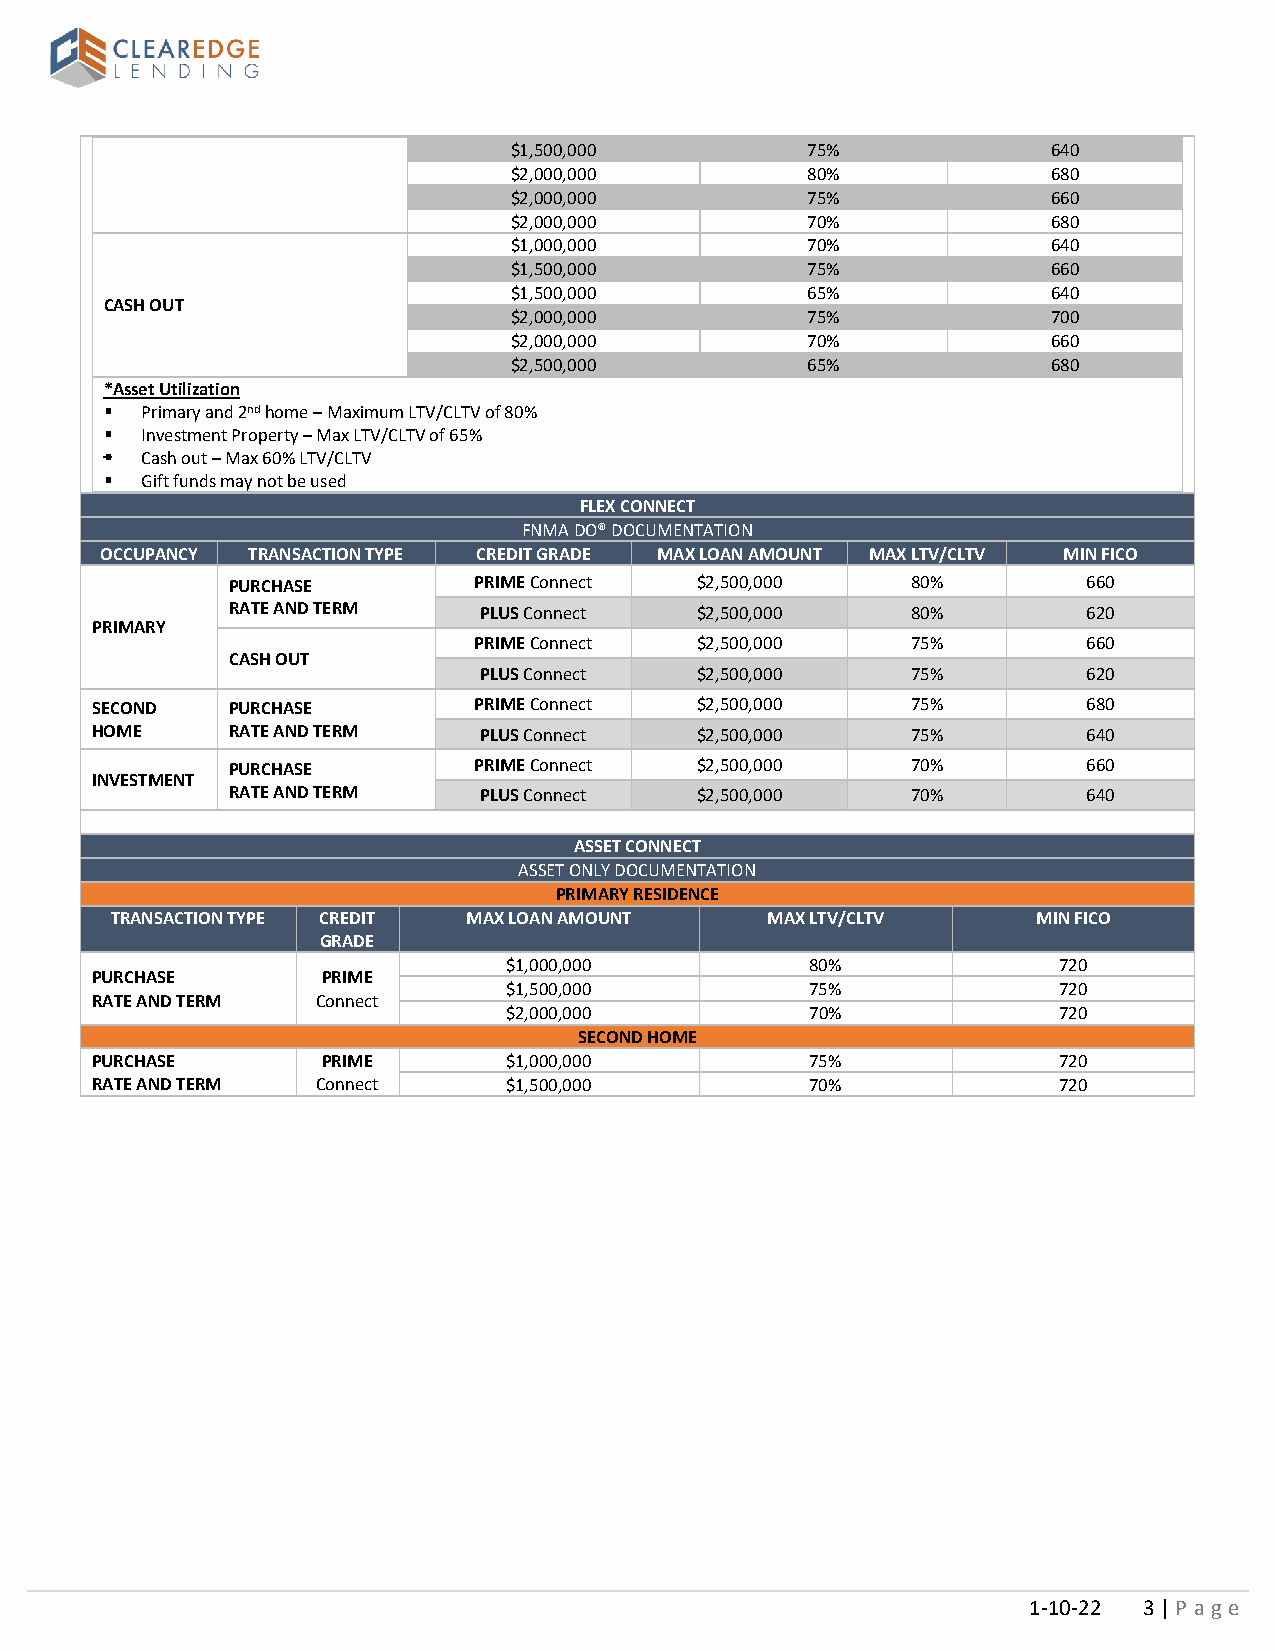
$1,500,000         75%              640
 $2,000,000         80%              680
 $2,000,000         75%              660
 $2,000,000         70%              680
 $1,000,000         70%              640
 $1,500,000         75%              660
 $1,500,000         65%              640
 CASH OUT
 $2,000,000         75%              700
 $2,000,000         70%              660
 $2,500,000         65%              680
 *Asset Utilization
 ▪ Primary and 2nd home – Maximum LTV/CLTV of 80%
 ▪ Investment Property – Max LTV/CLTV of 65%
 ▪ Cash out – Max 60% LTV/CLTV
 ▪ Gift funds may not be used
 FLEX CONNECT
 FNMA DO® DOCUMENTATION
 OCCUPANCY TRANSACTION TYPE CREDIT GRADE MAX LOAN AMOUNT MAX LTV/CLTV MIN FICO
 PURCHASE        PRIME Connect  $2,500,000    80%         660
 RATE AND TERM    PLUS Connect  $2,500,000    80%         620
 PRIMARY
 PRIME Connect  $2,500,000    75%         660
 CASH OUT
 PLUS Connect  $2,500,000    75%         620
 SECOND   PURCHASE        PRIME Connect  $2,500,000    75%         680
 HOME     RATE AND TERM    PLUS Connect  $2,500,000    75%         640
 PURCHASE        PRIME Connect  $2,500,000    70%         660
 INVESTMENT
 RATE AND TERM    PLUS Connect  $2,500,000    70%         640
 ASSET CONNECT
 ASSET ONLY DOCUMENTATION
 PRIMARY RESIDENCE
 TRANSACTION TYPE CREDIT MAX LOAN AMOUNT     MAX LTV/CLTV      MIN FICO
 GRADE
 $1,000,000          80%             720
 PURCHASE       PRIME
 $1,500,000          75%             720
 RATE AND TERM  Connect
 $2,000,000          70%             720
 SECOND HOME
 PURCHASE       PRIME        $1,000,000          75%             720
 RATE AND TERM  Connect      $1,500,000          70%             720
 1-10-22 3 | P age